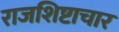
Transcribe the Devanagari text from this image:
राजशिष्टाचार